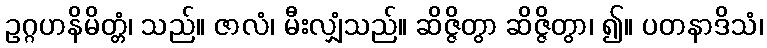
ဥဂ္ဂဟနိမိတ္တံ၊ သည်။ ဇာလံ၊ မီးလျှံသည်။ ဆိဇ္ဇိတွာ ဆိဇ္ဇိတွာ၊ ၍။ ပတနာဒိသံ၊